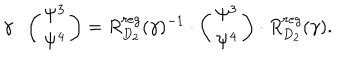
LaTeX: \gamma \cdot \left( \begin{array} { c c } { { \Psi ^ { 3 } } } \\ { { \Psi ^ { 4 } } } \\ \end{array} \right) = R _ { D _ { 2 } } ^ { r e g } ( \gamma ) ^ { - 1 } \cdot \left( \begin{array} { c c } { { \Psi ^ { 3 } } } \\ { { \Psi ^ { 4 } } } \\ \end{array} \right) \cdot R _ { D _ { 2 } } ^ { r e g } ( \gamma ) .